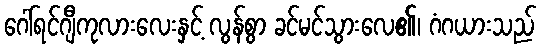
ဂေါ်ရင်ဂျီကုလားလေးနှင့် လွန်စွာ ခင်မင်သွားလေ၏၊ ဂံဂယားသည်